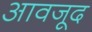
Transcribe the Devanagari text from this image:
आवजूद